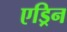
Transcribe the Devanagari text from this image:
एड्रिन